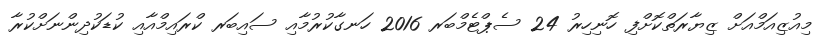
މިއުޒިއަމްއަށް ޒިޔާރަތްކޮށްފި ހޮނިހިރު 24 ސެޕްޓެމްބަރ 2016 ހަނގާކުރުމާއި ސައިބަރ ކްރައިމްއާއި ކުޑަކުދިންނަށްކުރާ